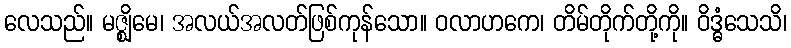
လေသည်။ မဇ္ဈိမေ၊ အလယ်အလတ်ဖြစ်ကုန်သော။ ဝလာဟကေ၊ တိမ်တိုက်တို့ကို။ ဝိဒ္ဓံသေသိ၊